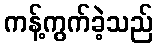
ကန့်ကွက်ခဲ့သည်